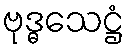
ဗုဒ္ဓသေဋ္ဌံ